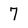
Character: 7